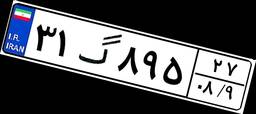
۲۸گ۴۱۶۶۷